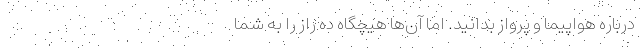
درباره هواپیما و پرواز بدانید. اما آن‌ها هیچگاه ده راز را به شما